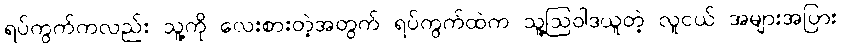
ရပ်ကွက်ကလည်း သူ့ကို လေးစားတဲ့အတွက် ရပ်ကွက်ထဲက သူ့ဩဝါဒယူတဲ့ လူငယ် အများအပြား